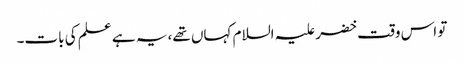
تو اس وقت خضر علیہ السلام کہاں تھے، یہ ہے علم کی بات۔